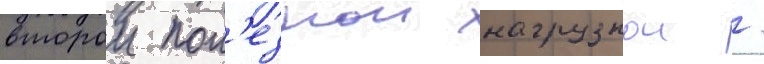
второи пол'езнои нагрузкои /